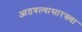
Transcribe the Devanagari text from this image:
आठवल्यासारख्या